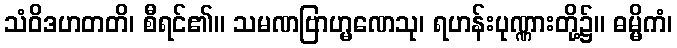
သံဝိဒဟတတိ၊ စီရင်၏။ သမဏဗြာဟ္မဏေသု၊ ရဟန်းပုဏ္ဏားတို့၌။ ဓမ္မိကံ၊